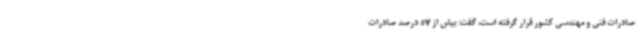
صادرات فنی و مهندسی کشور قرار گرفته است، گفت: بیش از 57 درصد صادرات